Reports on dispensaries and lunatic asylums in the Province of Oudh - 1869-1876
Year: 1869
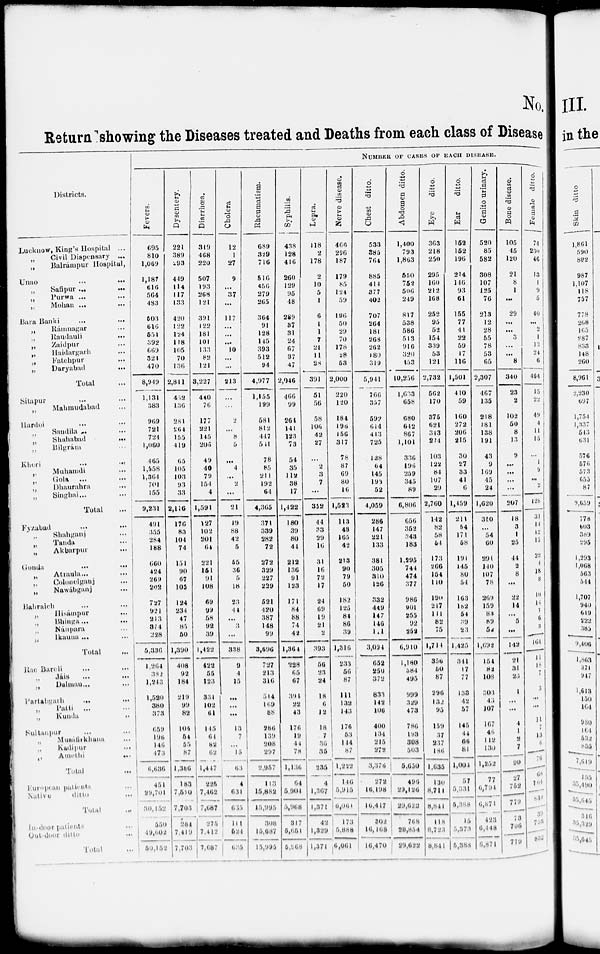
No.
Return showing the Diseases treated and Deaths from each class of Disease
Districts.
Luuknow, King's Hospital ...
„
Civil Dispensary ...
„ Balrámpur Hospital,
Unao ... ...
„
Safipur ... ...
„ Purwa ... ...
„
Mohan ... ...
Bara Banki
...
...
„
Rámnagar ...
„ Randauli ...
„
Zaidpur ...
„ Haidargarh ...
„ Fatehpur ...
„
Daryabad
...
Total
...
Sitapur
...
...
„
Mahmudabad
Hardoi
...
...
„
Sandila
...
...
„ Shahabad
...
„ Bilgrám ...
Kheri ... ...
„
Muhamdi
...
„
Gola
...
...
„
Dhaurahra
...
„ Singhai...
...
Total
...
Fyzabad
...
...
„ Shahganj
...
„
Tanda
...
„
Akbarpur
...
Gonda ... ...
„
Atraula... ...
„
Colonelganj
...
„
Nawabganj
...
Bahraich
...
...
„ Hisámpur ...
„
Bhinga... ...
„ Nánpara ...
„ Ikauna ... ...
Total ...
Rae Bareli ... ...
„ Jáis ... ...
„
Dalmau ... ...
Partabgarh ... ...
„ Patti ... ...
„ Kunda ...
Sultaupur ... ...
„ Musathkhana ...
„ Kudipur
...
„
Amethi
...
Total
European patients ...
Native ditto ...
Total ...
In-door patients ...
Out-door ditto ...
Total ...
NUMBER OF CASES OF EACH DISEASE.
Fevers.
695
810
1,069
1,187
616
564
483
503
616
551
392
669
324
470
8,949
1,131
383
969
721
724
1,060
465
1,558
1,364
701
155
9,231
491
355
284
188
660
424
269
202
727
921
213
374
228
5,336
1,264
382
1,243
1,520
380
373
659
196
146
473
6,636
451
29,701
30,152
550
49,602
50,152
Dysentery.
221
389
293
449
114
117
133
420
122
124
118
105
70
136
2,811
452
136
281
264
155
419
65
105
103
93
33
2,116
176
83
104
74
151
90
67
105
124
234
47
85
50
1,390
408
92
184
219
99
82
106
54
55
87
1,386
183
7,520
7,703
284
7,419
7,703
Diarrhæa.
319
468
220
507
193
268
121
391
122
181
101
133
82
121
3,227
440
76
177
221
145
206
49
40
79
154
4
1,591
127
102
201
64
221
151
91
108
69
99
58
92
39
1,422
422
55
123
331
102
61
145
61
82
62
1,447
225
7,462
7,687
275
7,412
7,687
Cholera
12
1
27
9
...
37
...
117
...
...
...
10
...
...
213
...
...
2
...
8
5
...
4
...
2
...
21
19
88
42
5
55
36
5
18
23
44
...
3
...
338
9
4
15
...
...
...
13
7
...
15
63
4
631
635
111
524
635
Rheumatism.
689
329
716
516
456
279
265
364
91
128
145
393
512
94
4,977
1,155
199
581
812
447
511
78
85
211
192
64
4,365
371
339
282
72
272
329
227
229
521
420
387
148
99
3,696
727
213
316
514
169
88
286
139
208
297
2,957
113
15,882
15,995
308
15,687
15,995
Syphilis.
438
128
416
260
129
95
48
289
87
31
24
67
37
47
2,046
466
99
264
141
123
73
54
35
112
38
17
1,422
180
39
80
44
212
136
91
123
171
84
88
74
42
1,364
228
65
67
394
22
43
176
19
44
78
1,136
64
5,904
5,968
317
5,651
5,968
Lepra.
118
2
178
2
10
5
1
6
1
1
7
21
11
28
391
51
56
58
106
42
27
...
2
3
7
...
352
44
33
29
16
31
16
72
17
24
69
19
21
2
393
56
23
24
18
6
12
18
7
36
35
235
4
1,367
1,371
42
1,329
1,371
Nerve disease.
466
296
187
179
85
124
59
196
50
29
70
178
28
53
2,000
220
120
184
196
156
317
78
87
69
80
16
1,523
113
48
165
42
213
90
79
50
182
125
84
86
39
1,316
233
56
87
111
132
143
176
53
114
87
1,222
146
5,915
6,061
173
5,888
6,061
Chest ditto.
533
385
764
885
414
377
402
707
264
181
268
262
180
319
5,941
766
357
592
614
413
725
138
64
145
193
52
4,059
286
147
221
133
381
305
310
126
332
449
147
146
111
3,094
652
250
372
833
142
106
400
134
215
272
3,376
272
16,198
16,417
302
16,168
16,470
Abdomen ditto.
1,400
793
1,863
550
752
506
249
817
538
586
513
916
320
453
10,256
1,633
658
680
642
867
1,101
336
196
259
345
89
6,806
656
352
343
183
1,295
744
474
377
986
901
255
92
252
6,910
1,180
384
495
999
329
473
786
193
308
503
5,650
496
29,126
29,622
768
28,854
29,622
Eye
ditto.
363
218
250
295
160
212
168
252
95
52
154
339
53
121
2,732
562
170
375
621
313
214
103
122
84
107
29
2,760
142
82
58
54
173
260
164
110
190
217
111
82
75
1,711
356
60
87
296
132
95
159
37
237
186
1,635
130
8,711
8,841
118
8,7 23
8,841
Ear
ditto.
152
152
196
214
146
93
61
155
77
41
22
59
17
116
1,501
410
59
160
272
206
215
30
27
33
41
6
1,159
211
54
171
58
191
145
80
54
163
182
54
39
23
1,425
341
17
77
133
42
57
145
44
66
81
1,003
57
5,331
5,388
15
3,373
5,388
Genito urinary.
520
85
582
308
107
125
76
213
12
28
65
78
53
65
2,307
467
135
218
181
138
191
43
9
169
45
24
1,620
310
...
54
60
291
140
107
78
263
159
83
89
52
1,692
154
82
108
303
43
107
167
46
112
130
1,252
77
6,791
6,871
423
6,448
6,871
Bone disease.
105
45
120
21
8
1
...
29
...
...
3
...
...
8
340
23
2
102
50
8
13
9
...
...
...
...
207
18
3
1
25
44
2
8
...
22
14
...
5
...
142
21
31
23
1
...
...
4
1
2
7
90
27
752
779
73
706
779
Female ditto.
74
230
46
13
1
9
5
40
...
2
1
13
24
6
464
15
22
49
4
11
15
...
1
9
...
2
128
31
14
12
15
22
1
18
8
10
14
7
6
3
164
11
18
7
3
...
...
11
7
13
6
76
68
764
832
39
793
832